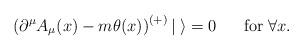
LaTeX: \begin{align*}\left(\partial^{\mu}A_{\mu}(x) - m\theta(x)\right)^{(+)}|\;\rangle = 0 \makebox[7mm]{}{\rm for}\; \forall x .\end{align*}